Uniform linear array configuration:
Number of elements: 48
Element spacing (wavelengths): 0.25
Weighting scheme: blackman
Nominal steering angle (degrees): -30
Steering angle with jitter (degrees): -28.425
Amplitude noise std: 0.05
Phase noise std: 0.05

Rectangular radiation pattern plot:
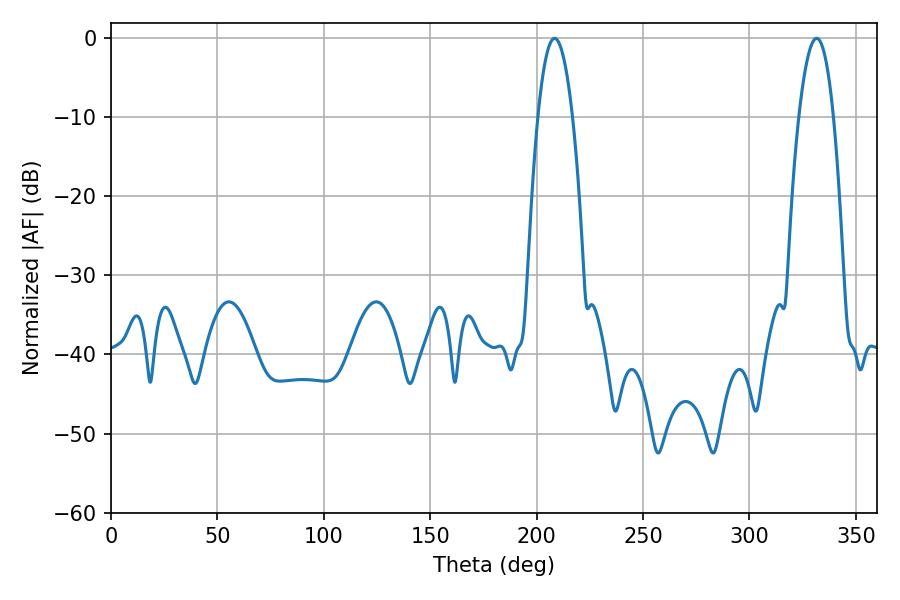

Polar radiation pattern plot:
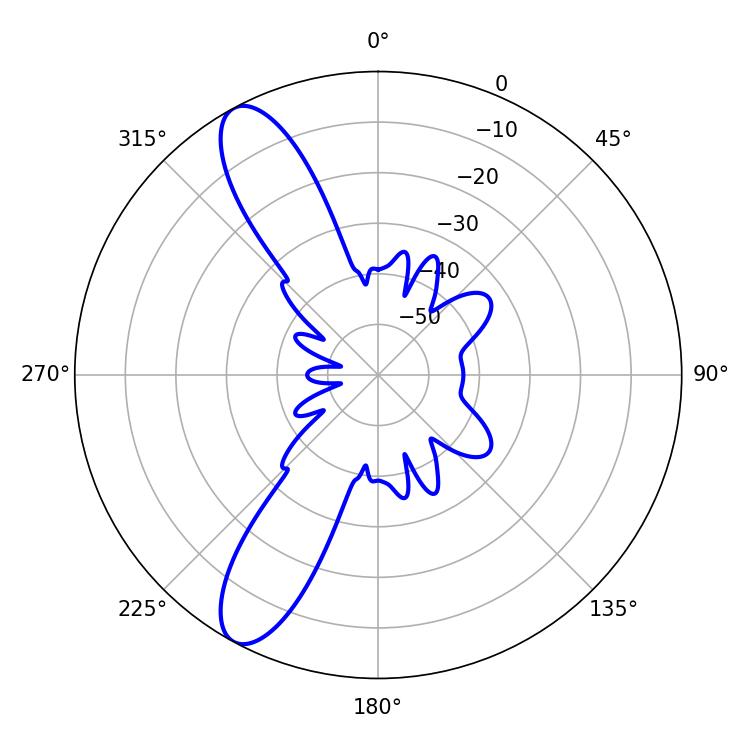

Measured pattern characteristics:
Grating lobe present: FALSE
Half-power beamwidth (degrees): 8.82
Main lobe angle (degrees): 208.44